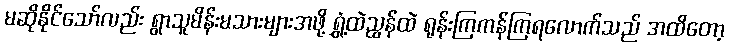
မဆိုနိုင်သော်လည်း ရွာသူမိန်းမသားများအဖို့ ရွှံ့ထဲညွန်ထဲ ရုန်းကြကန်ကြရလောက်သည် အထိတော့